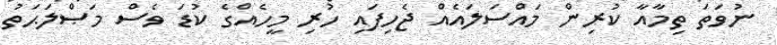
ނުވަތަ ތިމާއާ ކުރިން މައްސަލައެއް ޖެހިފައި ހުރި މީހެއްގެ ކުޑަ ވެސް މަޞްލަޙަތު